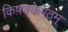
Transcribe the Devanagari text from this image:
किष़क्केमठम्